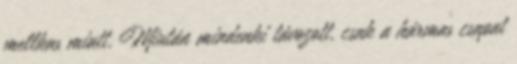
mellkas miatt. Miután mindenki távozott, csak a hármas csapat